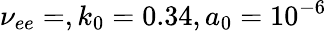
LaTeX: \nu_{ee}=,k_{0}=0.34,a_{0}=10^{-6}